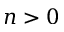
n > 0